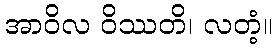
အာဝိလ ဝိဿတိ၊ လတံ့။